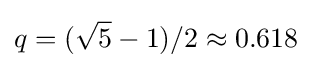
q=({\sqrt {5}}-1)/2\approx 0.618